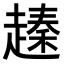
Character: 𧽕